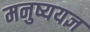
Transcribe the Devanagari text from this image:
मनुष्ययज्ञ